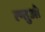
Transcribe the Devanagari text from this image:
त्न्तुओ